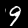
Digit: 9